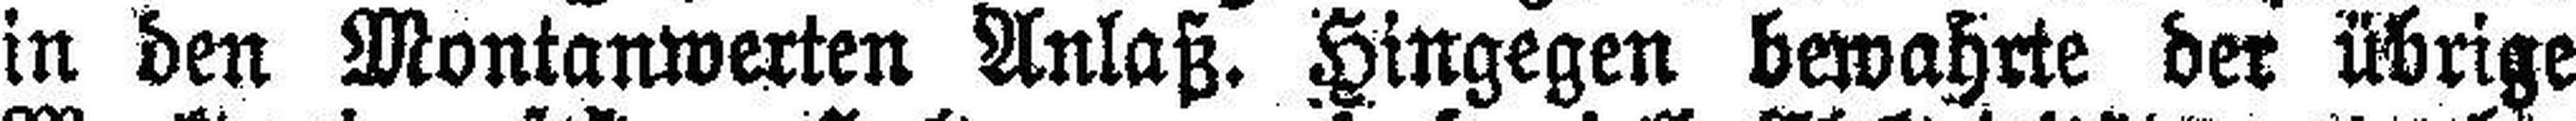
in den Montanwerten Anlaß. Hingegen bewahrte der übrige